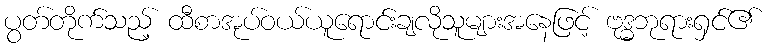
ပွတ်တိုက်သည့် ထီစာအုပ်ဝယ်ယူရောင်းချလိုသူများအနေဖြင့် ဗုဒ္ဓဘုရားရှင်၏